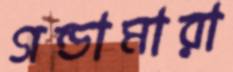
গন্ডামারা